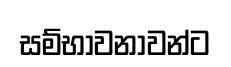
සම්භාවනාවන්ට